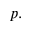
p .